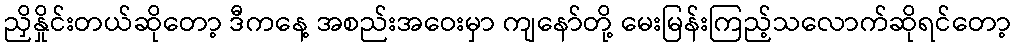
ညှိနှိုင်းတယ်ဆိုတော့ ဒီကနေ့ အစည်းအဝေးမှာ ကျနော်တို့ မေးမြန်းကြည့်သလောက်ဆိုရင်တော့